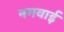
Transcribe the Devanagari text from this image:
नगवाई